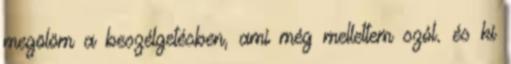
megölöm a beszélgetésben, ami még mellettem szól. és ki